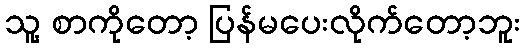
သူ့ စာကိုတော့ ပြန်မပေးလိုက်တော့ဘူး